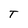
Character: T